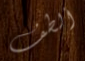
ألطف